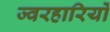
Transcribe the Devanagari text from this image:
ज्वरहारियों